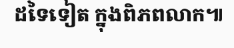
ដទៃទៀត ក្នុងពិភពលាក៕